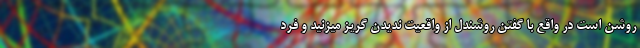
روشن است در واقع با گفتن روشندل از واقعیت ندیدن گریز میزنید و فرد